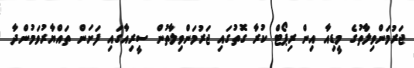
ޖަރުމަންވިލާތުގެ މީޑިއާ އިން ރިޕޯޓް ކުރާ ގޮތުގައި ޖަރުމަންވިލާތުން ސީރިއާގައި ފަށަން ތައްޔާރުވަމުންދާ